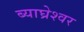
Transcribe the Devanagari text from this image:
ब्याघ्रेश्वर